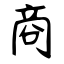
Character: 商